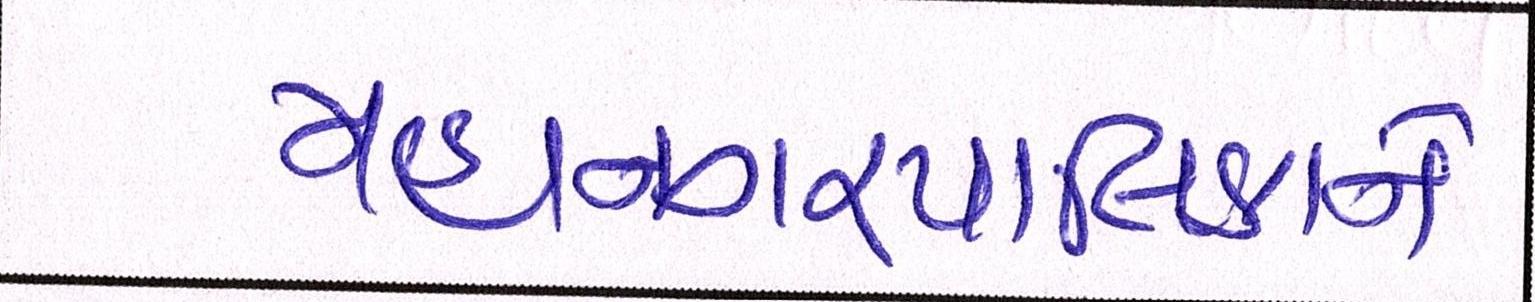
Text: મહાનગરપાલિકાને